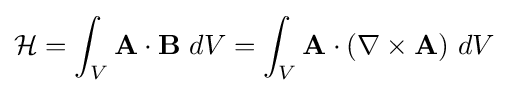
{\mathcal {H}}=\int _{V}\mathbf {A} \cdot \mathbf {B} \ dV=\int _{V}\mathbf {A} \cdot (\nabla \times \mathbf {A} )\ dV